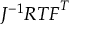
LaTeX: J ^ { - 1 } { \boldsymbol { R } } { \boldsymbol { T } } { \boldsymbol { F } } ^ { T }